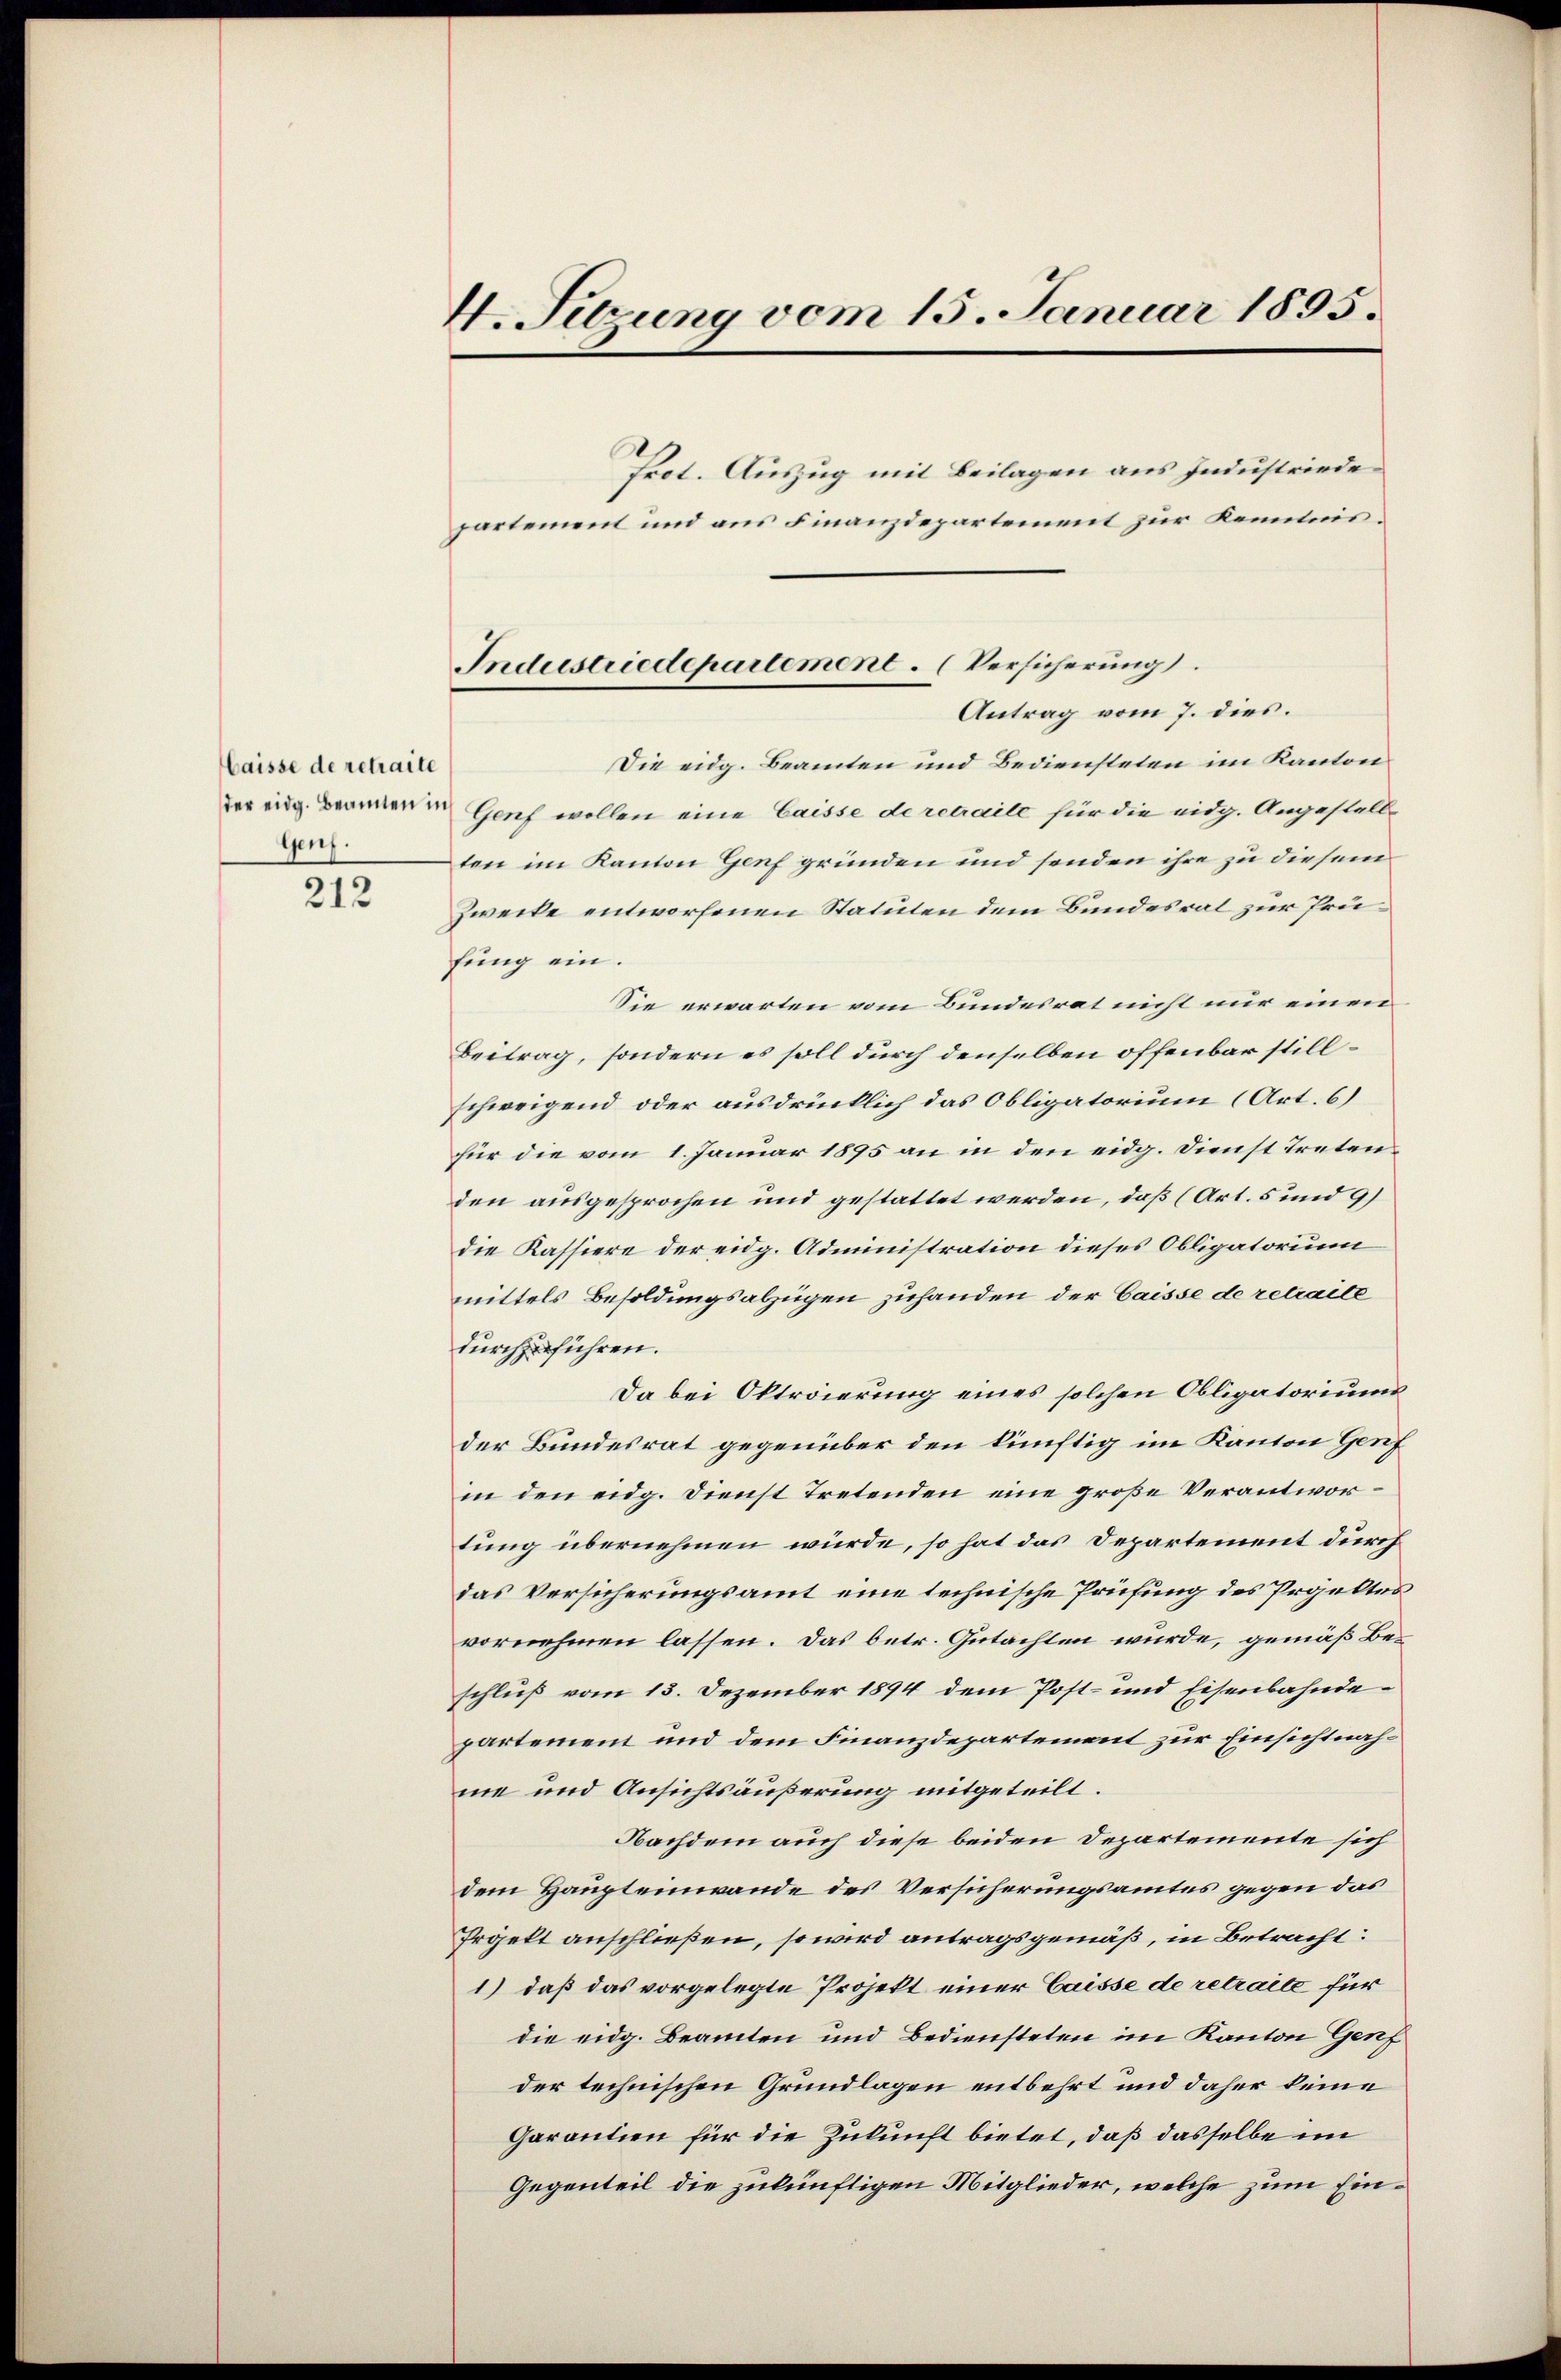
Caisse de retraile
der eidg. Beamten in
Genf.

212

4. Setzung vom 15. Januar 1895.

Prot. Auszug mit Beilagen aus Industriede
partement und aus Finanzdepartement zur Kenntnis¬
Die eidg. Beamten und Bediensteten im Kanton
Genf wollen eine Caisse de retraite für die eidg. Angestellten im Kanton Genf gründen und sonden ihre zu diesem
Zwecke entworfenen Statuten dem Bundesrat zur Prüfung ein.
Sie erwarten vom Bundesrat nicht nur einen
Beitrag, sondern es soll durch denselben offenbar stillschweigend oder ausdrücklich das Obligatorium (Art. 6)
für die vom 1. Januar 1895 an in den eidg. Dienst tretenden ausgesprochen und gestattet werden, daß (Art. 5 und 9)
die Kassiere der eidg. Administration dieses Obligatorium
mittels Besoldungsabzügen zuhanden der Caisse de retraile
durchzuführen.
Da bei Oktroierung eines solchen Obligatoriums
der Bundesrat gegenüber den künftig im Kanton Genf
in den eidg. Dienst Tretenden eine große Verantwortung übernehmen würde, so hat das Departement durch
das Versicherungsamt eine technische Prüfung des Projekter
vornehmen lassen. Das betr. Gutachten wurde, gemäß Be-
schluß vom 13. Dezember 1894 dem Post- und Eisenbahnde
partement und dem Finanzdepartement zur Einsichtnahme und Ansichtsäußerung mitgeteilt.
Nachdem auch diese beiden Departemente sich
dem Haupteinwande des Versicherungsamtes gegen das
Projekt anschließen, so wird antragsgemäß, in Betracht:
1) daß das vorgelegte Projekt einer Caisse de retraite für
die eidg. Beamten und Bediensteten im Kanton Genf
der technischen Grundlagen entbehrt und daher keine
Garantien für die Zukunft bietet, daß dasselbe im
Gegenteil die zukünftigen Mitglieder, welche zum Ein¬

Industriedepartement. (Versicherung
Antrag vom 7. dies.